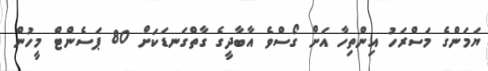
ޔަމަންގެ މަސްރަހު އިންތިހާ އަށް ގޯސްވެ އާބާދީގެ ގާތްގަނޑަކަަށް 80 ޕަސެންޓް މީހުން